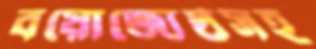
বয়োজ্যেষ্ঠসহ